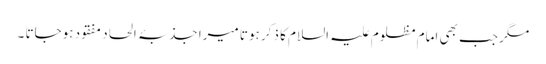
مگر جب بھی امام مظلوم علیہ السلام کا ذکر ہوتا میرا جذبۂ الحاد مفقود ہوجاتا ۔